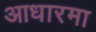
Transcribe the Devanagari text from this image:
आधारमा